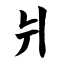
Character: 爿